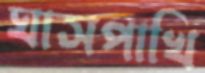
ঘাসপাখি